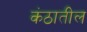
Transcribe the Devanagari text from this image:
कंठातील